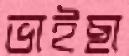
ভাইছা